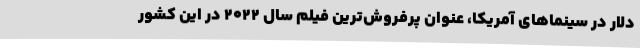
دلار در سینماهای آمریکا، عنوان پرفروش‌ترین فیلم سال ۲۰۲۲ در این کشور